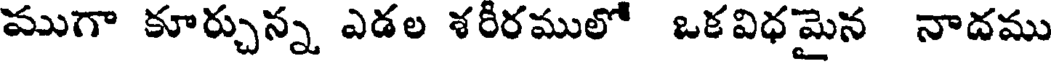
ముగా కూర్చున్న ఎడల శరీరములో ఒకవిధమైన నాదము